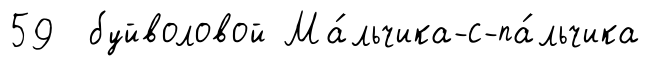
59 буйволовой Ма́льчика-с-па́льчика